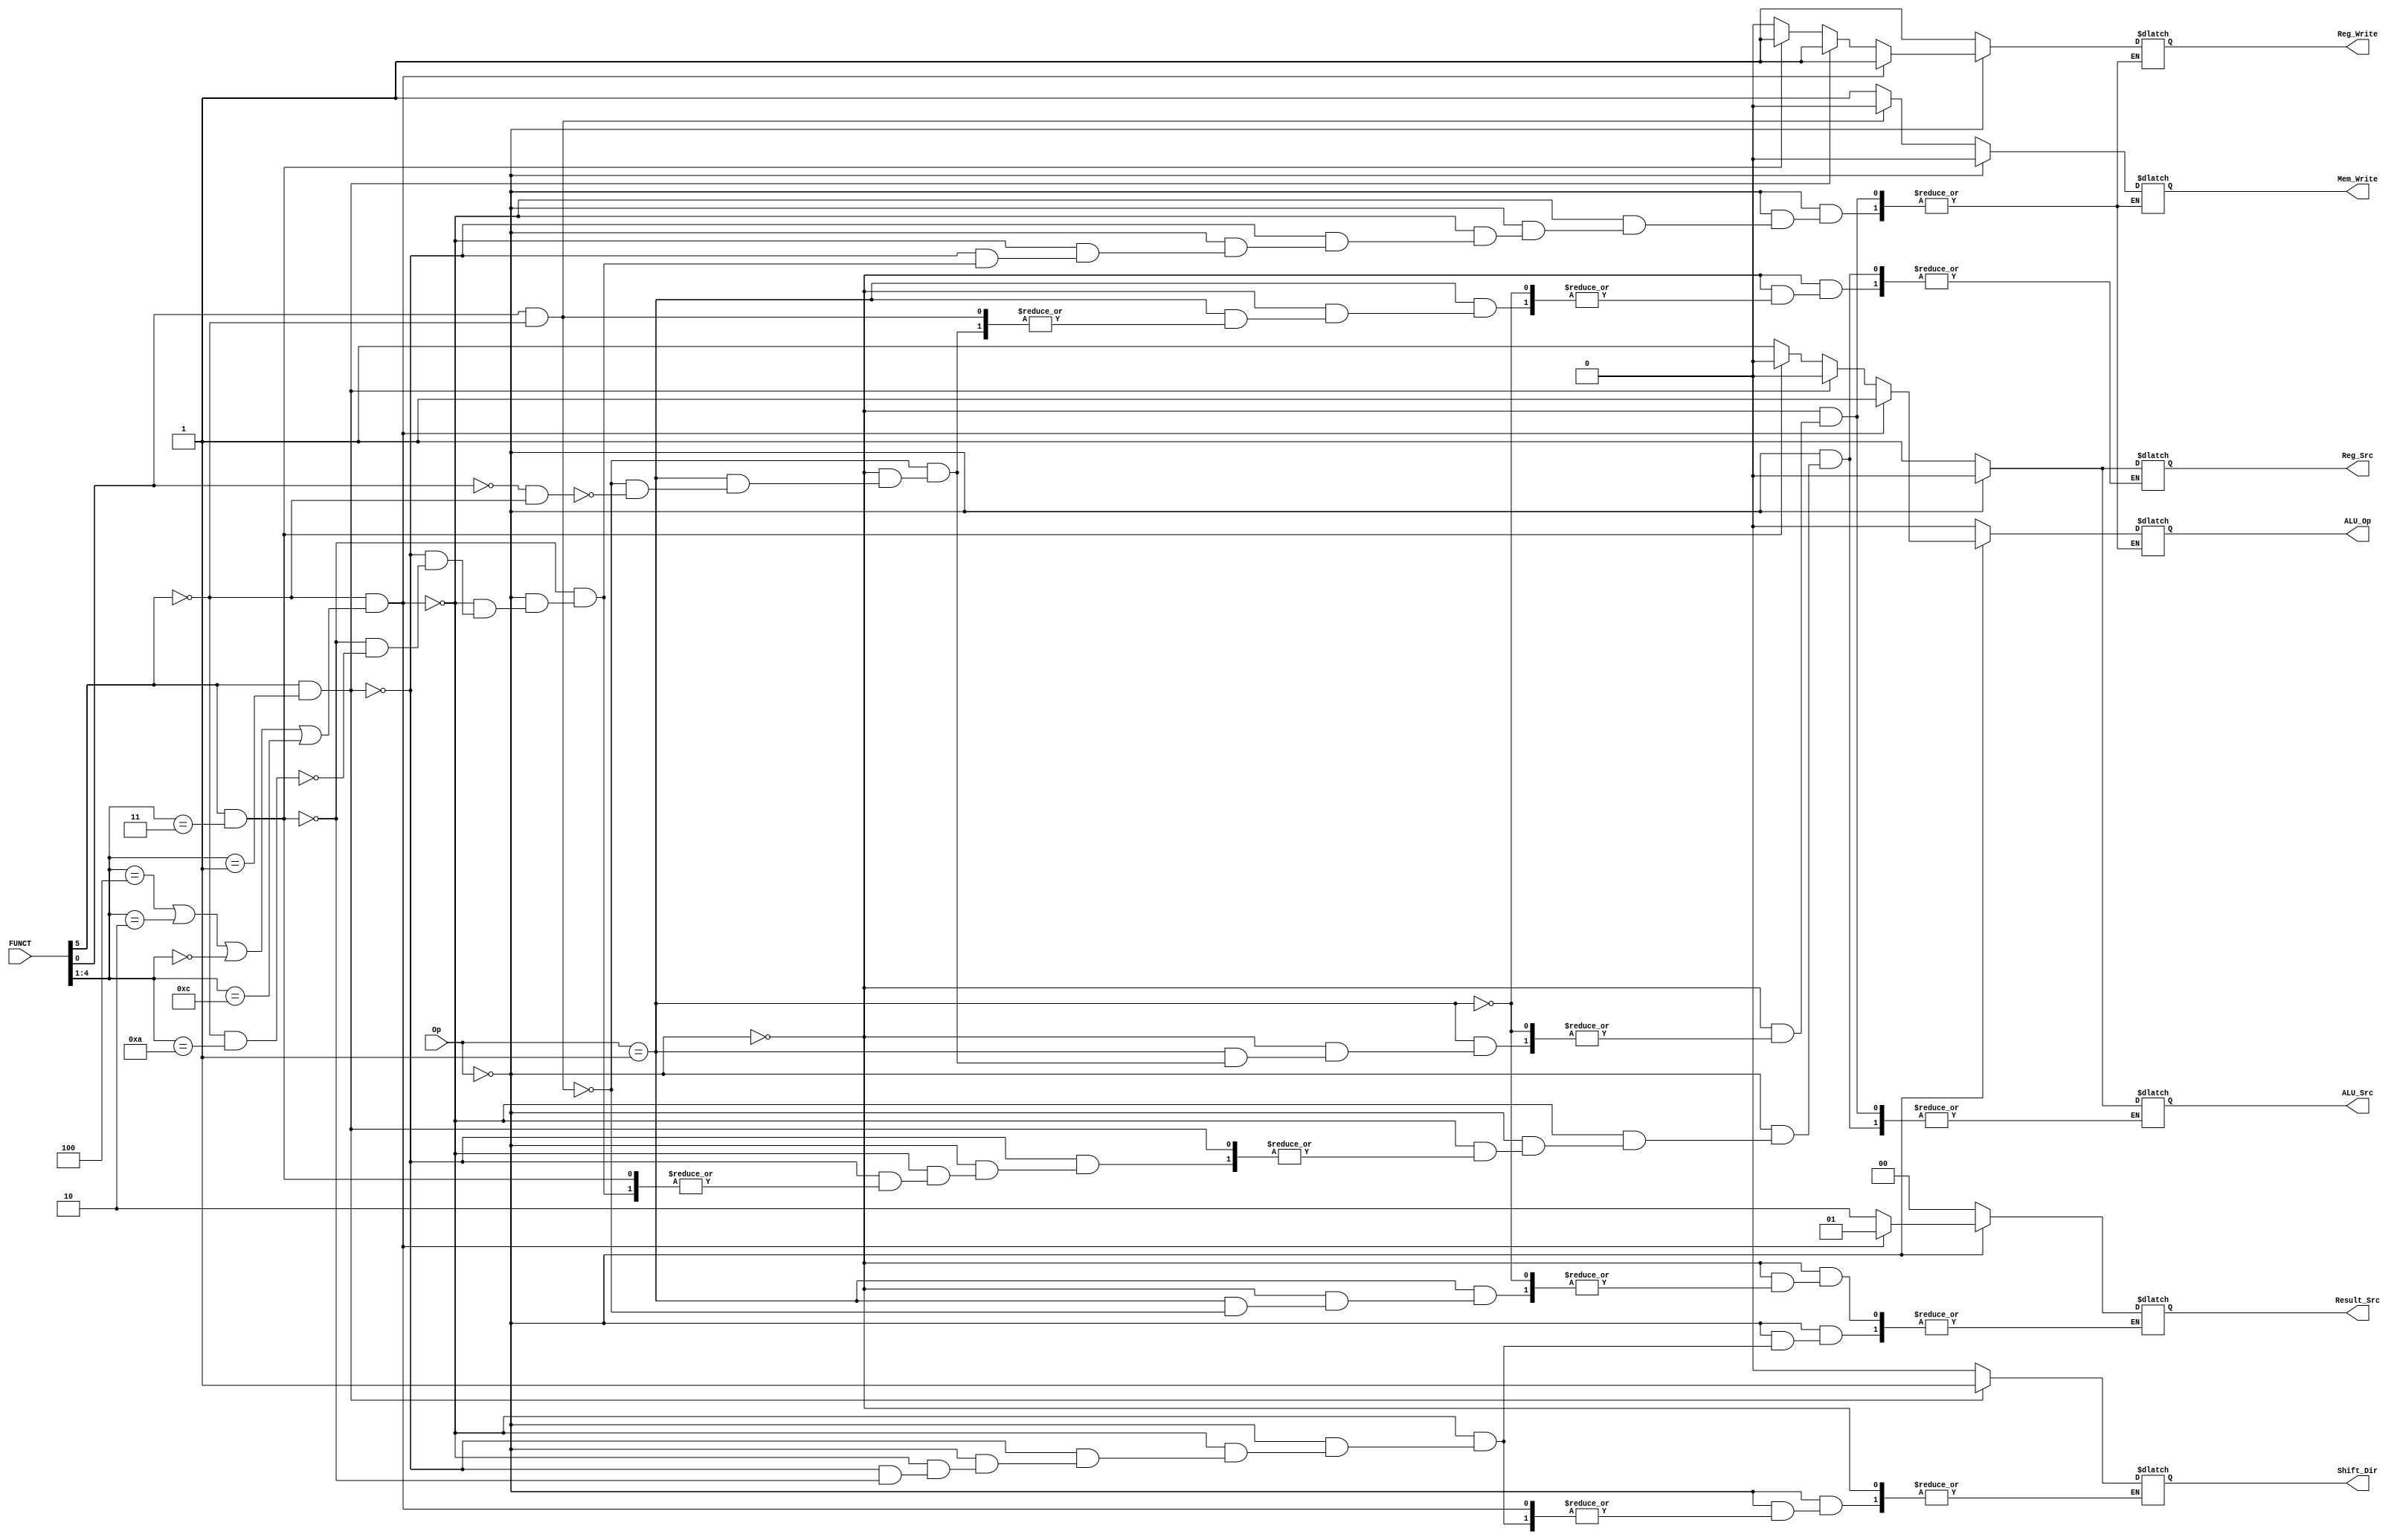
module MAIN_DECODER(
input [5:0] FUNCT,
input [1:0] Op,
output reg [1:0] Result_Src,
output reg  Reg_Write, Mem_Write, ALU_Src, Reg_Src, ALU_Op, Shift_Dir
);


always @ (FUNCT, Op)
	begin
		//data processing instr.
		if(Op[1:0] == 2'b00) begin
			// ORR, SUB, AND, ADD
			if(FUNCT[5] == 0 & (FUNCT[4:1] == 4'b0100 | FUNCT[4:1] == 4'b0010 | FUNCT[4:1] == 4'b0000 | FUNCT[4:1] == 4'b1100)) 
			begin
				Result_Src = 2'b01;
				Mem_Write = 0;
				ALU_Src = 0; 
				Reg_Write = 1;
				Reg_Src = 0;
				ALU_Op = 1;
			//LSR
			end 
			else if(FUNCT[5] == 1 & FUNCT[4:1] == 4'b0001) 
			begin
				Result_Src = 2'b10;
				Mem_Write = 0; 
				Reg_Write = 1;
				ALU_Op = 0;
				Shift_Dir = 1;
			//LSL
			end 
			else if(FUNCT[5] == 1 & FUNCT[4:1] == 4'b0011) 
			begin
				Result_Src = 2'b10;
				Mem_Write = 0; 
				Reg_Write = 1;
				ALU_Op = 0;
				Shift_Dir = 0;

			//CMP
			end else if(FUNCT[5] == 0 & FUNCT[4:1] == 4'b1010) 
			begin
				Mem_Write = 0;
				ALU_Src = 0;
				Reg_Write = 0;
				Reg_Src = 0;
				ALU_Op = 1;
			end
		//Memory instructions
		end 
		else if(Op[1:0] == 2'b01) 
		begin
			//LDR
			if(FUNCT[0] == 1 & FUNCT[5] == 0) 
			begin
				Result_Src = 2'b00;
				Mem_Write = 0;
				ALU_Src = 1; 
				Reg_Write = 1;
				ALU_Op = 0;
			//STR
			end 
			else if(FUNCT[0] == 0 & FUNCT[5] == 0) 
			begin
				Mem_Write = 1;
				ALU_Src = 1; 
				Reg_Write = 1;
				Reg_Src = 1;
				ALU_Op = 0;
			end
		end
	end
		
endmodule